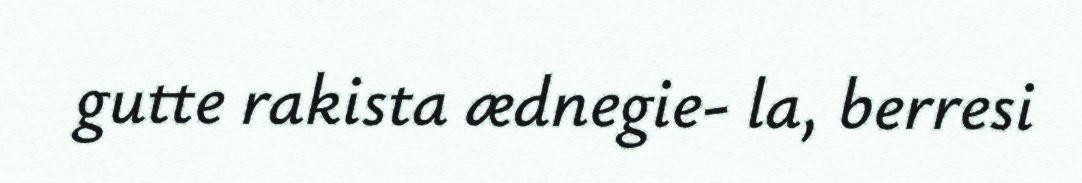
gutte rakista ædnegie- la, berresi